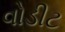
વોડીટ